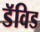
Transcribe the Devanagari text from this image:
डॅविड